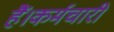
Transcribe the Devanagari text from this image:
हैं।कर्मचारी